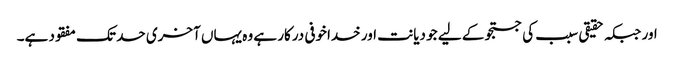
اور جبکہ حقیقی سبب کی جستجو کے لیے جو دیانت اور خداخوفی درکار ہے وہ یہاں آخری حد تک مفقود ہے۔